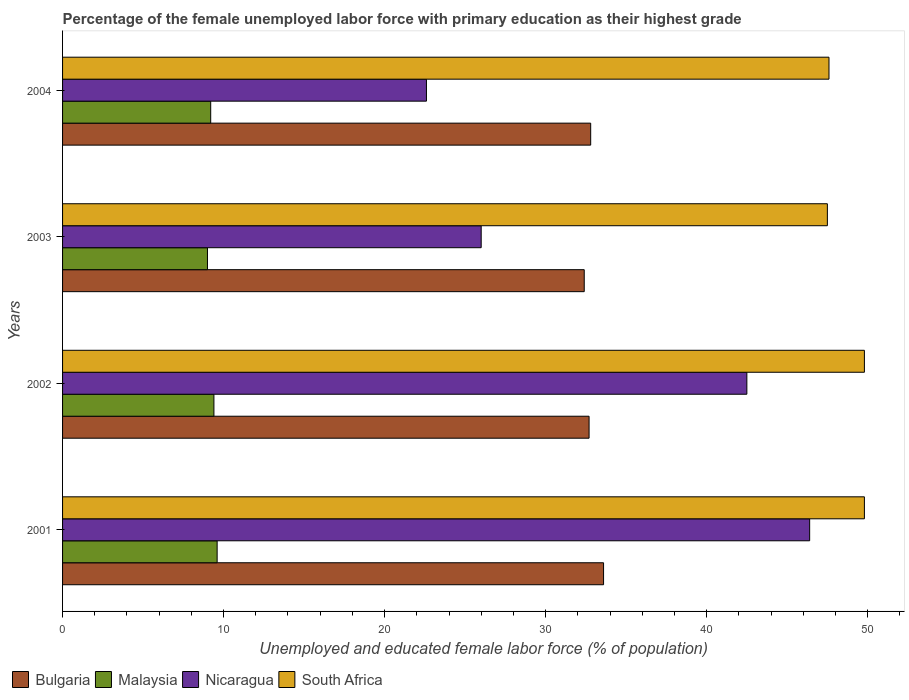
| Years | Bulgaria | Malaysia | Nicaragua | South Africa |
 | --- | --- | --- | --- | --- |
 | 2001 | 33.6 | 9.6 | 46.4 | 49.8 |
 | 2002 | 32.7 | 9.4 | 42.5 | 49.8 |
 | 2003 | 32.4 | 9 | 26 | 47.5 |
 | 2004 | 32.8 | 9.2 | 22.6 | 47.6 |